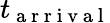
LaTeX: t_{\mathrm{~a~r~r~i~v~a~l~}}